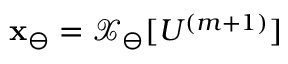
\mathbf { x } _ { \ominus } = \boldsymbol { \mathcal { X } } _ { \ominus } [ U ^ { ( m + 1 ) } ]